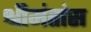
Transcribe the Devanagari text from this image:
श्रीमंतांस